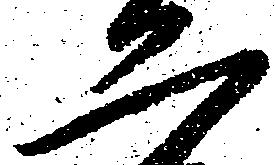
二